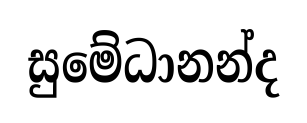
සුමේධානන්ද